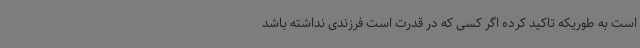
است به طوریکه تاکید کرده اگر کسی که در قدرت است فرزندی نداشته باشد